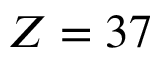
Z = 3 7